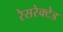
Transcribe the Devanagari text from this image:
रेसरेक्टेड